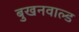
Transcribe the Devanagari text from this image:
बुखनवाल्ड